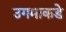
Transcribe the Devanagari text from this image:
उगमाकडे